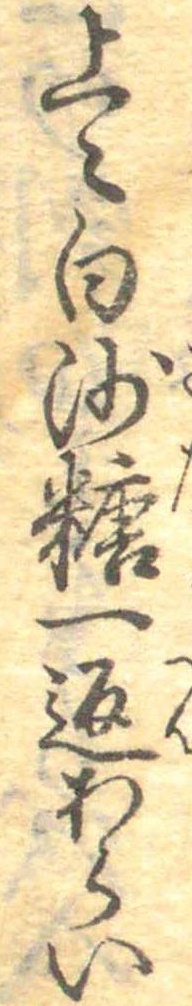
上〻白沙糖一返あらい